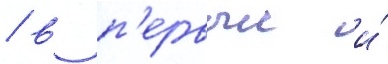
/ в п'ервыи и́